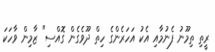
ރީތި ތިމޫނު ފެނުމާއި އެކު އަހަރެންގެ ހިތް ދޫވެގެން ގޮއްސި" ޒާމިން ވާހަކަ